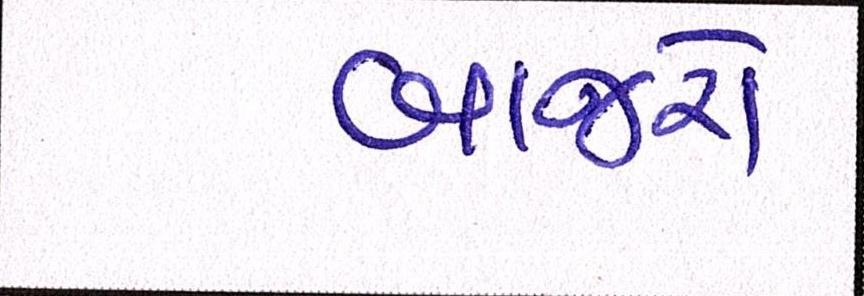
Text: બાજરો